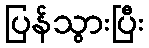
ပြန်သွားပြီး